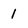
Character: 1